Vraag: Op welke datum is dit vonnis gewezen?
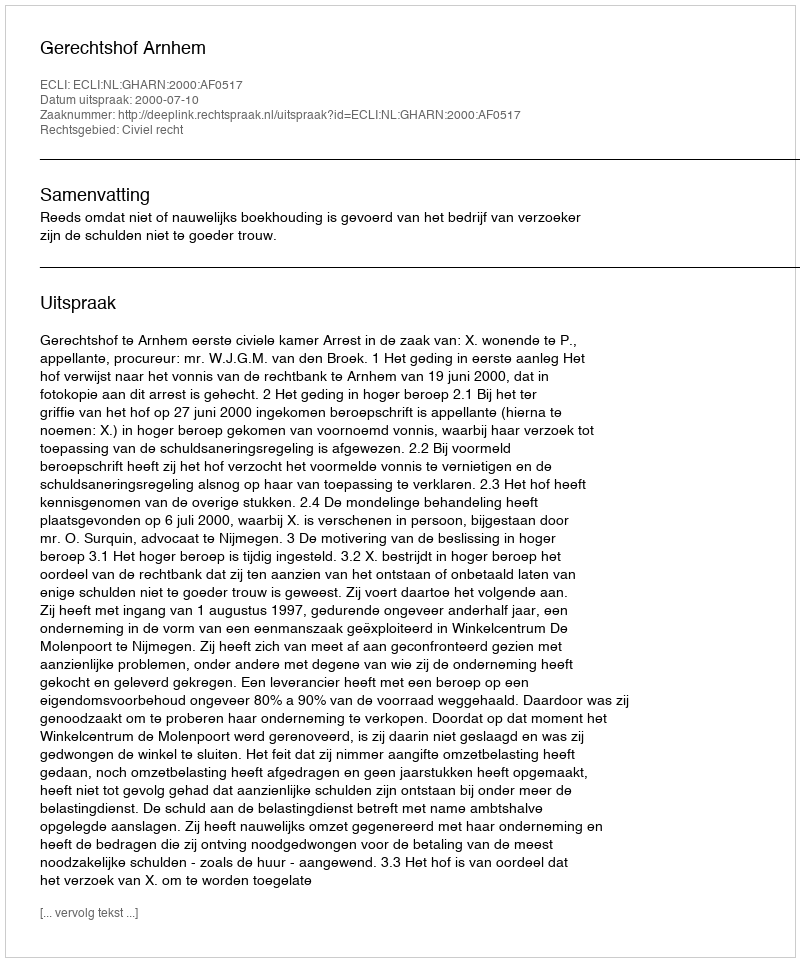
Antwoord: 2000-07-10